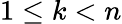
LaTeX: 1\leq k<n